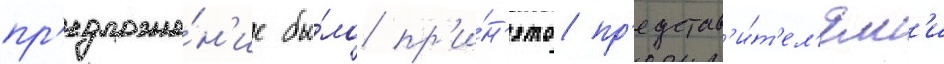
пр'едложе́н'ие бы́ло пр'и́н'ято пр'едстав'и́т'ел'ям'и